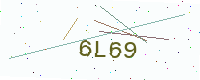
Text: 6L69